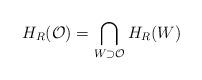
LaTeX: \begin{align*}H_{R}(\mathcal{O})=\bigcap_{W\supset \mathcal{O}}H_{R}(W) \end{align*}